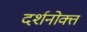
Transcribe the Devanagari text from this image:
दर्शनोक्त